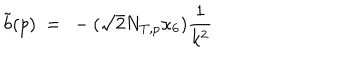
\tilde { b } ( p ) \ = \ - ( \sqrt { 2 } N _ { T , p } \kappa _ { 6 } ) \frac { 1 } { k ^ { 2 } }